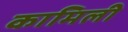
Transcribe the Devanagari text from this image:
कामिली